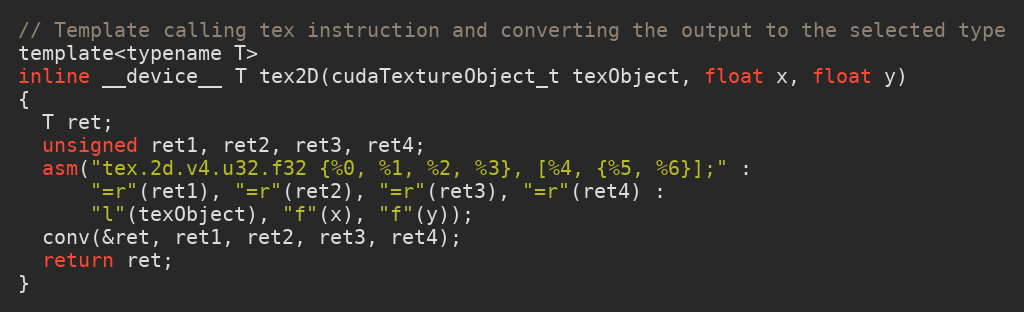
Language: C
// Template calling tex instruction and converting the output to the selected type
template<typename T>
inline __device__ T tex2D(cudaTextureObject_t texObject, float x, float y)
{
  T ret;
  unsigned ret1, ret2, ret3, ret4;
  asm("tex.2d.v4.u32.f32 {%0, %1, %2, %3}, [%4, {%5, %6}];" :
      "=r"(ret1), "=r"(ret2), "=r"(ret3), "=r"(ret4) :
      "l"(texObject), "f"(x), "f"(y));
  conv(&ret, ret1, ret2, ret3, ret4);
  return ret;
}